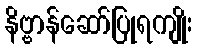
နိဗ္ဗာန်ဆော်ပြုရကျိုး